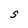
Character: S